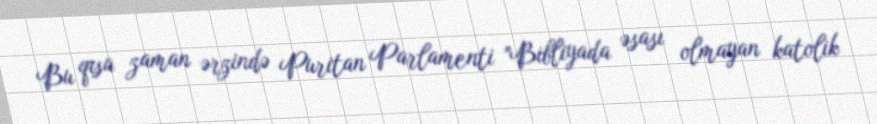
Bu qısa zaman ərzində Puritan Parlamenti "Bibliyada əsası olmayan katolik